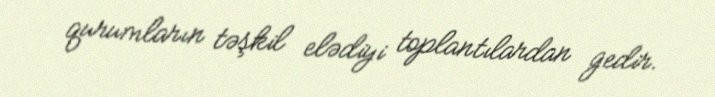
qurumların təşkil elədiyi toplantılardan gedir.